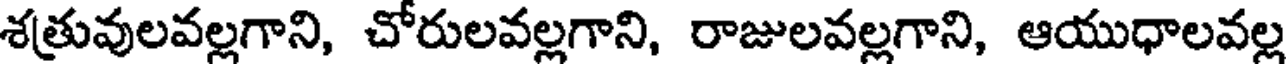
శత్రువులవల్లగాని, చోరులవల్లగాని, రాజులవల్లగాని, ఆయుధాలవల్ల